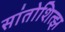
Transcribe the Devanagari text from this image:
सांतोशित्झ